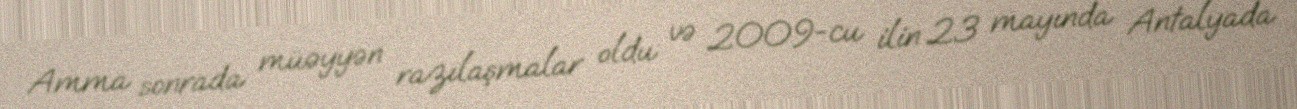
Amma sonrada müəyyən razılaşmalar oldu və 2009-cu ilin 23 mayında Antalyada